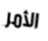
الأمر